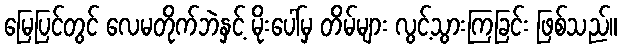
မြေပြင်တွင် လေမတိုက်ဘဲနှင့် မိုးပေါ်မှ တိမ်များ လွင့်သွားကြခြင်း ဖြစ်သည်။